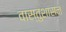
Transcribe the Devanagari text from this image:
वास्तुशासन